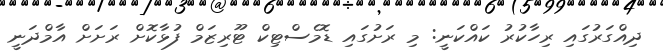
ދިއްގަރުގައި ރިހާކުރު ކައްކަނީ: މި ރަށުގައި ޑޮމެސްޓިކް ޓޫރިޒަމް ފުޅާކޮށް ރަށަށް އާމްދަނީ